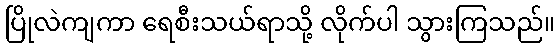
ပြိုလဲကျကာ ရေစီးသယ်ရာသို့ လိုက်ပါ သွားကြသည်။